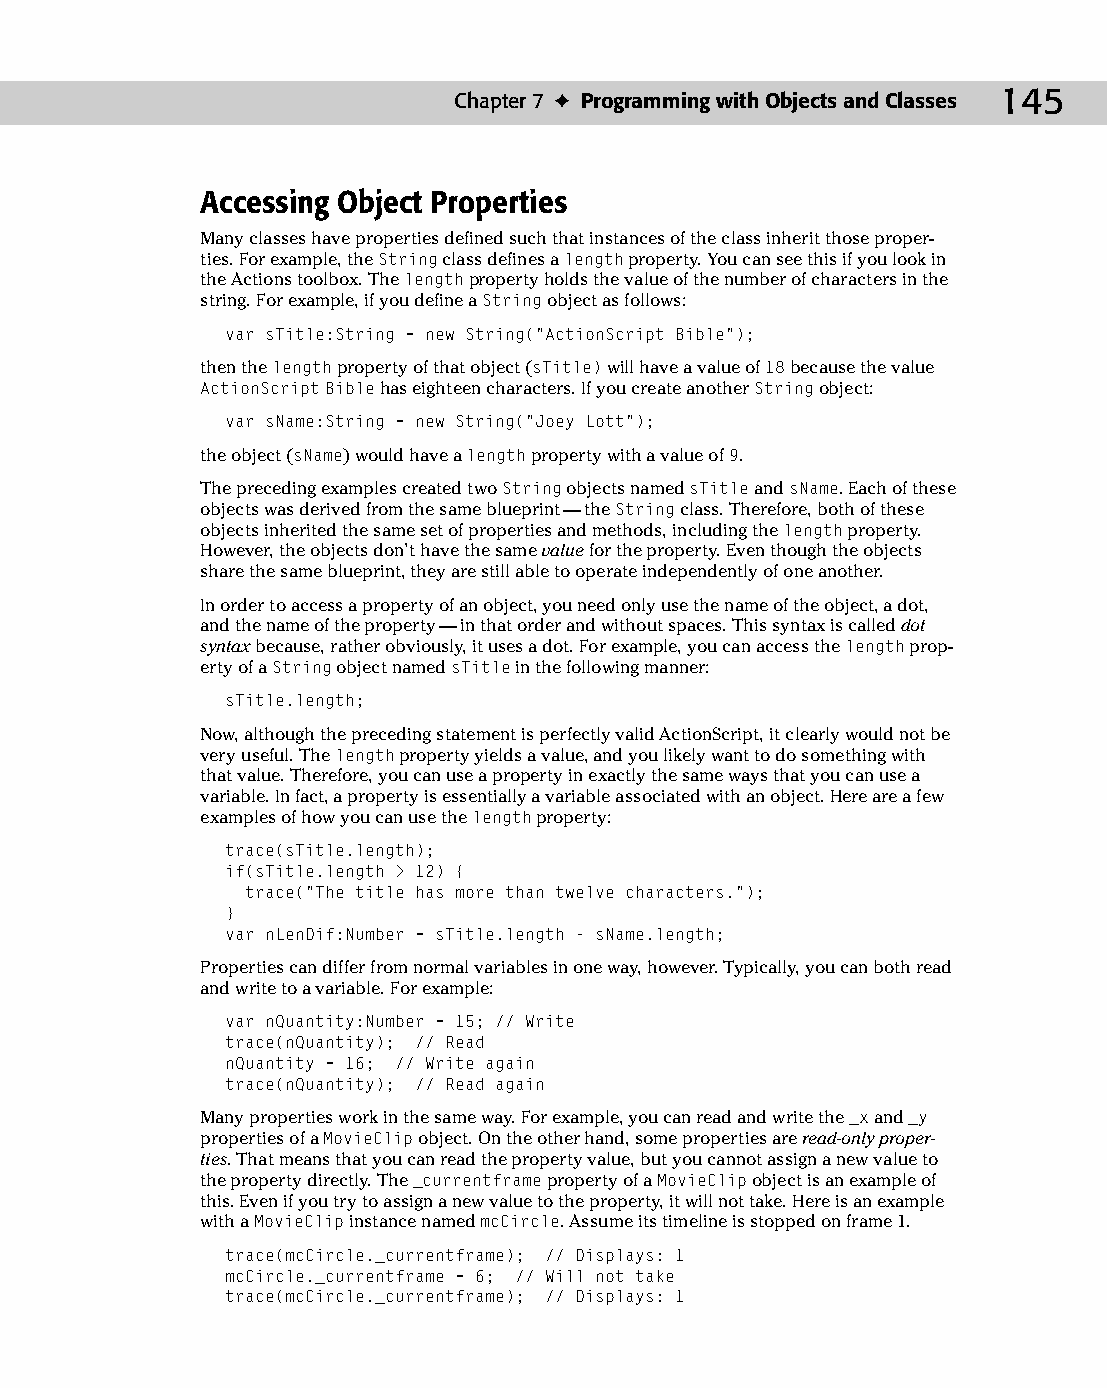
10 543547 ch07.qxd 3/24/04 3:50 PM Page 145
 Chapter 7 ✦ Programming with Objects and Classes 145
 Accessing Object Properties
 Many classes have properties defined such that instances of the class inherit those proper­
 ties. For example, the String class defines a length property. You can see this if you look in
 the Actions toolbox. The length property holds the value of the number of characters in the
 string. For example, if you define a String object as follows:
 var sTitle:String = new String(“ActionScript Bible”);
 then the length property of that object (sTitle) will have a value of 18 because the value
 ActionScript Bible has eighteen characters. If you create another String object:
 var sName:String = new String(“Joey Lott”);
 the object (sName) would have a length property with a value of 9.
 The preceding examples created two String objects named sTitle and sName. Each of these
 objects was derived from the same blueprint — the String class. Therefore, both of these
 objects inherited the same set of properties and methods, including the length property.
 However, the objects don’t have the same value for the property. Even though the objects
 share the same blueprint, they are still able to operate independently of one another.
 In order to access a property of an object, you need only use the name of the object, a dot,
 and the name of the property — in that order and without spaces. This syntax is called dot
 syntax because, rather obviously, it uses a dot. For example, you can access the length prop­
 erty of a String object named sTitle in the following manner:
 sTitle.length;
 Now, although the preceding statement is perfectly valid ActionScript, it clearly would not be
 very useful. The length property yields a value, and you likely want to do something with
 that value. Therefore, you can use a property in exactly the same ways that you can use a
 variable. In fact, a property is essentially a variable associated with an object. Here are a few
 examples of how you can use the length property:
 trace(sTitle.length);
 if(sTitle.length > 12) {
 trace(“The title has more than twelve characters.”);
 }
 var nLenDif:Number = sTitle.length - sName.length;
 Properties can differ from normal variables in one way, however. Typically, you can both read
 and write to a variable. For example:
 var nQuantity:Number = 15; // Write
 trace(nQuantity); // Read
 nQuantity = 16; // Write again
 trace(nQuantity); // Read again
 Many properties work in the same way. For example, you can read and write the _x and _y
 properties of a MovieClip object. On the other hand, some properties are read-only proper­
 ties. That means that you can read the property value, but you cannot assign a new value to
 the property directly. The _currentframe property of a MovieClip object is an example of
 this. Even if you try to assign a new value to the property, it will not take. Here is an example
 with a MovieClip instance named mcCircle. Assume its timeline is stopped on frame 1.
 trace(mcCircle._currentframe); // Displays: 1
 mcCircle._currentframe = 6; // Will not take
 trace(mcCircle._currentframe); // Displays: 1